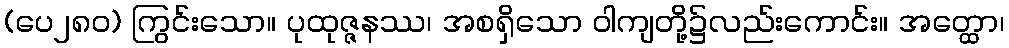
(ပေ၂၈၀) ကြွင်းသော။ ပုထုဇ္ဇနဿ၊ အစရှိသော ဝါကျတို့၌လည်းကောင်း။ အတ္ထော၊